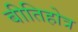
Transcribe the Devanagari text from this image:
बीतिहोत्र